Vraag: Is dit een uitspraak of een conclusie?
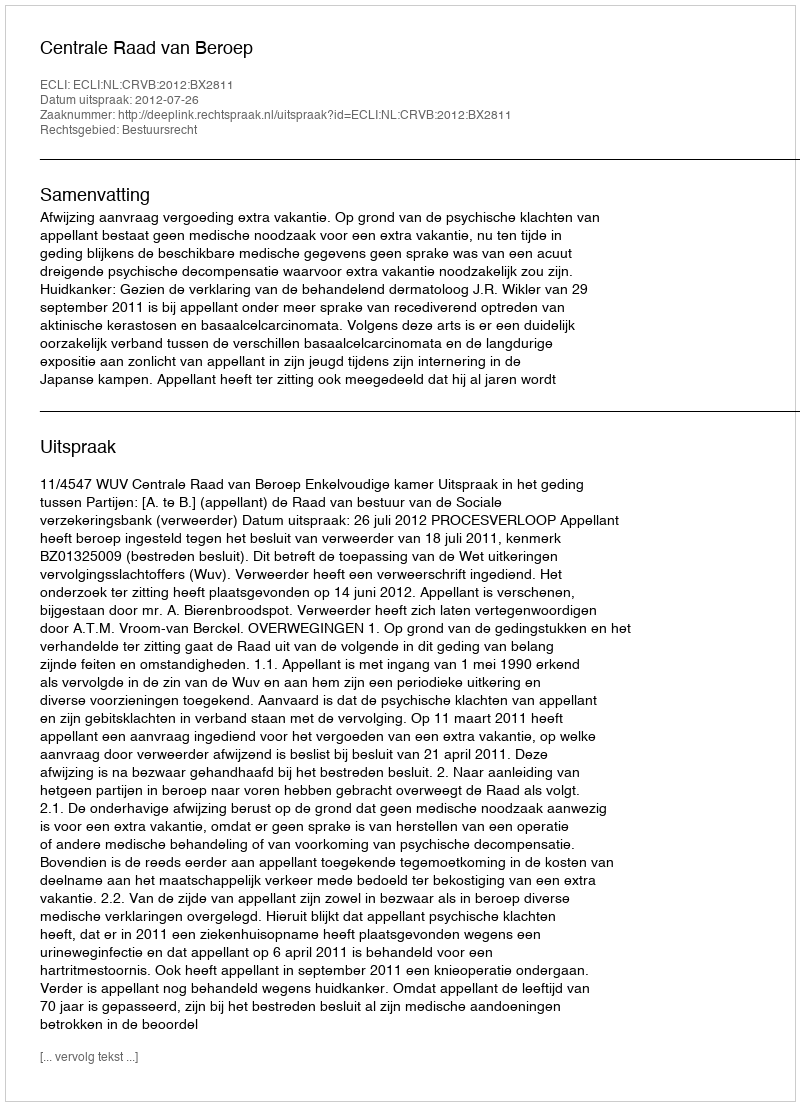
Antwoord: Uitspraak